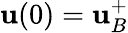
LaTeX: \mathbf{u}(0)=\mathbf{u}_{B}^{+}